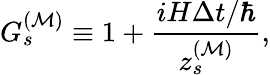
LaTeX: G_{s}^{({\cal M})}\equiv 1+\frac{iH\Delta t/\hbar}{z_{s}^{({\cal M})}},